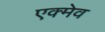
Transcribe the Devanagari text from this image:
एक्मेव